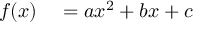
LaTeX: \begin{array} { r l } { f ( x ) } & { { } = a x ^ { 2 } + b x + c } \end{array}